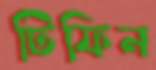
টিফিন